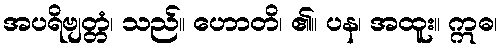
အပရိဗျတ္တံ၊ သည်။ ဟောတိ၊ ၏။ ပန၊ အထူး။ ဣဓ၊